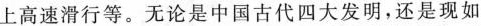
上高速滑行等。无论是中国古代四大发明，还是现如